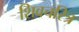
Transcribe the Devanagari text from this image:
शिवचरित्र